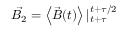
\vec { B _ { 2 } } = \left< \vec { B } ( t ) \right> | _ { t + \tau } ^ { t + \tau / 2 }